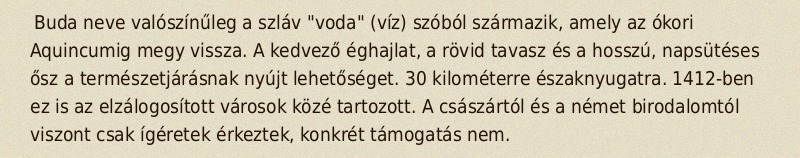
Buda neve valószínűleg a szláv "voda" (víz) szóból származik, amely az ókori Aquincumig megy vissza. A kedvező éghajlat, a rövid tavasz és a hosszú, napsütéses ősz a természetjárásnak nyújt lehetőséget. 30 kilométerre északnyugatra. 1412-ben ez is az elzálogosított városok közé tartozott. A császártól és a német birodalomtól viszont csak ígéretek érkeztek, konkrét támogatás nem.